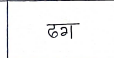
मजकूर: ढग